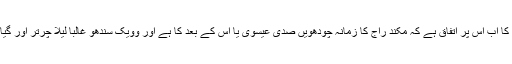
تاہم بیشتر ماہر لسانیات مورخین کا اب اس پر اتفاق ہے کہ مکند راج کا زمانہ چودھویں صدی عیسوی یا اس کے بعد کا ہے اور وویک سندھو غالباً لیلا چرتر اور گیانیشوری کے بعد لکھی گئی ہے۔